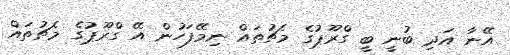
އޭނާ އަދި ބުނީ ބީ ގްރޫޕުގެ މެޗުތައް ނިމޭފަހުން އޭ ގްރޫޕުގެ މެޗުތައް